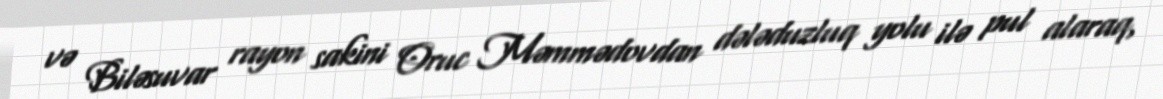
və Biləsuvar rayon sakini Oruc Məmmədovdan dələduzluq yolu ilə pul alaraq,